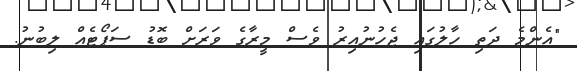
"އެންމެ ދަތި ހާލުގައި ޖެހުނުއިރު ވެސް މީރާގެ ވަރަށް ބޮޑު ސަޕޯޓެއް ލިބުނު.